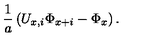
{ \frac { 1 } { a } } \left( U _ { x , i } \Phi _ { x + i } - \Phi _ { x } \right) .